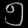
Digit: ၅